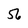
Character: 2